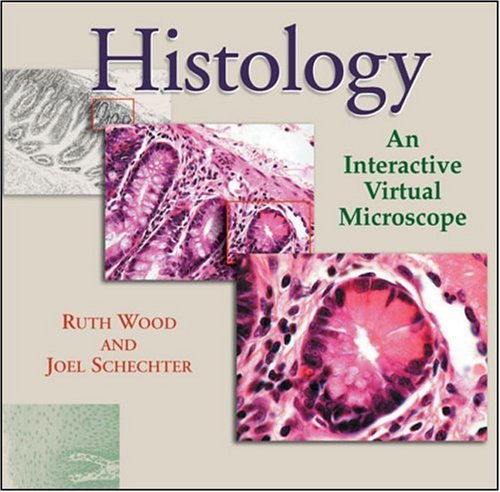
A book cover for Histology: An Interactive Virtual Microscope; Ruth I. Wood; Medical Books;